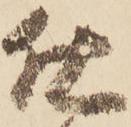
仕